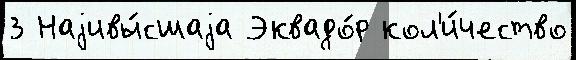
3 Наjивы́сшаjа Эквадо́р кол'и́чество